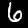
Label: 6